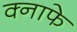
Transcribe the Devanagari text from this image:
क्नाफे